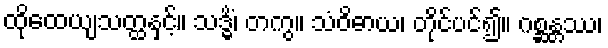
ထိုထေယျသတ္ထနှင့်။ သဒ္ဓိံ၊ တကွ။ သံဝိဓာယ၊ တိုင်ပင်၍။ ဂစ္ဆန္တဿ၊